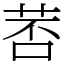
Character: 䓏